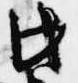
此